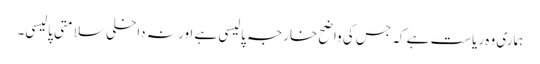
ہماری وہ ریاست ہے کہ جس کی واضح خارجہ پالیسی ہے اور نہ داخلی سلامتی پالیسی۔